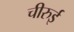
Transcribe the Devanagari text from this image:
चीरुई